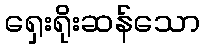
ရှေးရိုးဆန်သော